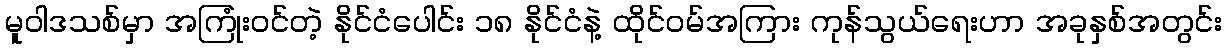
မူဝါဒသစ်မှာ အကြုံးဝင်တဲ့ နိုင်ငံပေါင်း ၁၈ နိုင်ငံနဲ့ ထိုင်ဝမ်အကြား ကုန်သွယ်ရေးဟာ အခုနှစ်အတွင်း